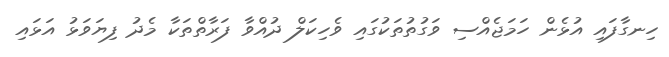
ހިނގާފައި އުޅެން ހަމަޖެއްސި ވަގުތުތަކުގައި ވެހިކަލް ދުއްވާ ފަރާތްތަކާ މެދު ފިޔަވަޅު އަޅައި